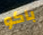
باكو